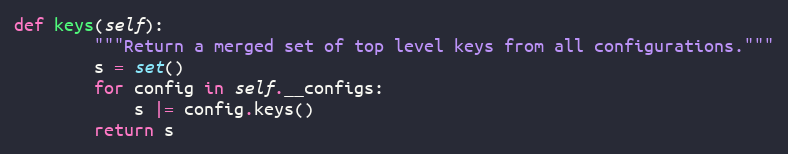
Language: Python
def keys(self):
        """Return a merged set of top level keys from all configurations."""
        s = set()
        for config in self.__configs:
            s |= config.keys()
        return s